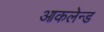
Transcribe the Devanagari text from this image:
आकलेन्ड